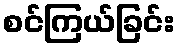
စင်ကြယ်ခြင်း